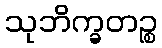
သုဘိက္ခတဉ္စ